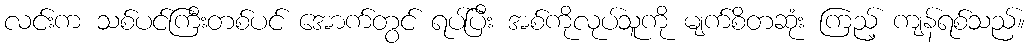
လင်းက သစ်ပင်ကြီးတစ်ပင် အောက်တွင် ရပ်ပြီး အစ်ကိုလုပ်သူကို မျက်စိတဆုံး ကြည့် ကျန်ရစ်သည်။